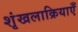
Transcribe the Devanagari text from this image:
शृंखलाक्रियाएँ